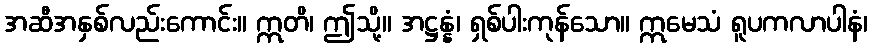
အဆီအနှစ်လည်းကောင်း။ ဣတိ၊ ဤသို့။ အဋ္ဌန္နံ၊ ရှစ်ပါးကုန်သော။ ဣမေသံ ရူပကလာပါနံ၊